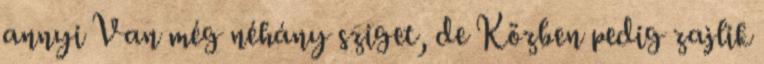
annyi Van még néhány sziget, de Közben pedig zajlik